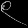
Digit: ၉